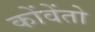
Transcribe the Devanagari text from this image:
कोंवेंतो